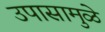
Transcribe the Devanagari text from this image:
उपासामुळे